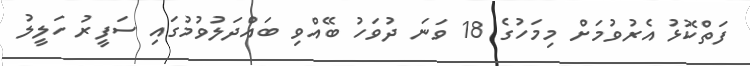
ފަތްކޮޅު އެރުވުމަށް މިމަހުގެ 18 ވަނަ ދުވަހު ބޭއްވި ބައްދަލުވުމުގައި ސަފީރު ހަލީލު